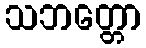
သဘတ္တော